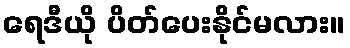
ရေဒီယို ပိတ်ပေးနိုင်မလား။